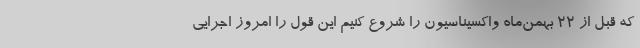
که قبل از ۲۲ بهمن‌ماه واکسیناسیون را شروع کنیم این قول را امروز اجرایی